[Report on the health of British troops in the Madras command]
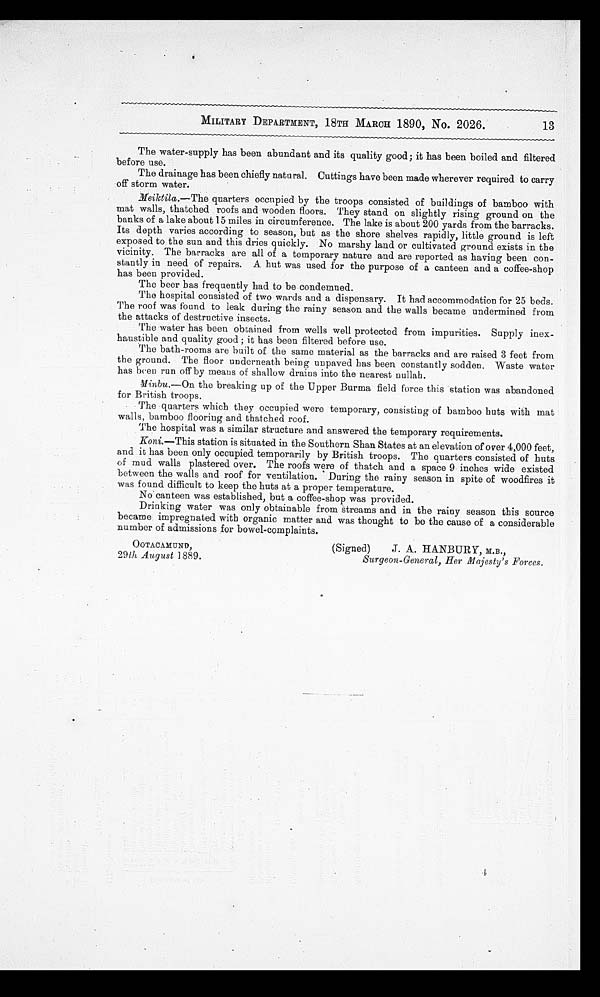
OOTACAMUND,
29 th August 1889.
(Signed) J. A. HANBURY, M.B.,
Surgeon-General, Her Majesty's Forces.
13
MILITARY DEPARTMENT, 18TH MARCH 1890, No. 2026.
The water-supply has been abundant and its quality good; it has been boiled and filtered
before use.
The drainage has been chiefly natural. Cuttings have been made wherever required to carry
off storm water.
Meiktila .—The quarters occupied by the troops consisted of buildings of bamboo with
mat walls, thatched roofs and wooden floors. They stand on slightly rising ground on the
banks of a lake about 15 miles in circumference. The lake is about 200 yards from the barracks.
Its depth varies according to season, but as the shore shelves rapidly, little ground is left
exposed to the sun and this dries quickly. No marshy land or cultivated ground exists in the
vicinity. The barracks are all of a temporary nature and are reported as having been con-
-stantly in need of repairs. A hut was used for the purpose of a canteen and a coffee-shop
has been provided.
The beer has frequently had to be condemned.
The hospital consisted of two wards and a dispensary. It had accommodation for 25 beds.
The roof was found to leak during the rainy season and the walls became undermined from
the attacks of destructive insects.
The water has been obtained from wells well protected from impurities. Supply inex
-haustible and quality good; it has been filtered before use.
The, bath-rooms are built of the same material as the barracks and are raised 3 feet from
the ground. The floor underneath being unpaved has been constantly sodden. Waste water
has been run off by means of shallow drains into the nearest nullah.
Minbu .—On the breaking up of the Upper Burma field force this station was abandoned
for British troops.
The quarters which they occupied were temporary, consisting of bamboo huts with mat
walls, bamboo flooring and thatched roof.
The hospital was a similar structure and answered the temporary requirements.
Koni .—This station is situated in the Southern Shan States at an elevation of over 4,000 feet,
and it has been only occupied temporarily by British troops. The quarters consisted of huts
of mud walls plastered over. The roofs were of thatch and a space 9 inches wide existed
between the walls and roof for ventilation. During the rainy season in spite of woodfires it
was found difficult to keep the huts at a proper temperature.
No canteen was established, but a coffee-shop was provided.
Drinking water was only obtainable from streams and in the rainy season this source
became impregnated with organic matter and was thought to be the cause of a considerable
number of admissions for bowel-complaints.